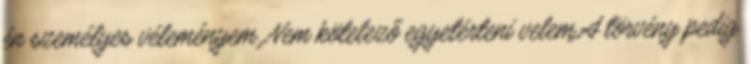
én személyes véleményem. Nem kötelező egyetérteni velem.A törvény pedig